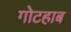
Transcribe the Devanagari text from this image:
गोटहाब